Vaccination in the Punjab 1883-1896 - 1883-1896
Year: 1883
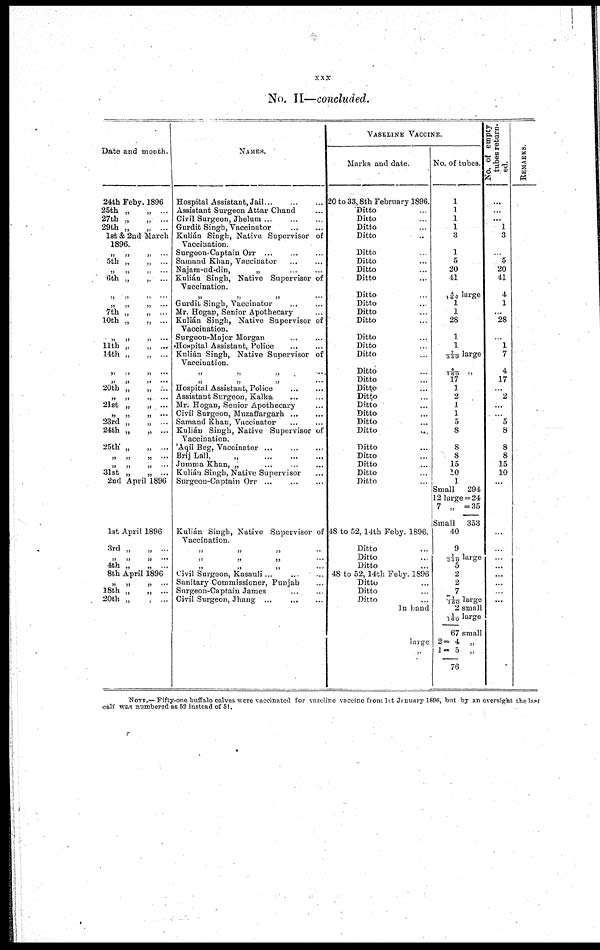
xxx
No. II—concluded.
Date and month.
24th Feby. 1896
25th „
„ ...
27th „
„
...
29th „
„ ...
1st & 2nd March
1896.
„
„
„ ...
5th „
„ ...
„ „ „ ...
6th „
„ ...
„
„
„
...
„
„
„
...
7th „
„ ...
10th „
„ ...
„
„
„
...
11th „
„ ...
14th „
„ ...
„
„
„
...
„
„
„
...
20th „
„ ...
„
„
„ ...
21st „
„ ...
„
„ „ ...
23rd „
„ ...
24th „
„ ...
25th „
„ ...
„
„
„
...
„
„
„ ...
31st „
„ ...
2nd April 1896
1st April 1896
3rd „
„ ...
„
„
„
...
4th „
„ ...
8th April 1896
„
„
„ ...
18th „
„ ...
20th „
, ...
NAMES.
Hospital Assistant, Jai
...
...
...
Assistant Surgeon Attar Chand ...
Civil Surgeon, Jhelum ... ... ...
Gurdit Singh, Vaccinator
...
...
Kulián Singh, Native Supervisor of
Vaccination.
Surgeon Captaiu Orr ... ... ...
Samand Khan, Vaccinator
Najam-nd-din,
„
...
...
Kulián Singh, Native Supervisor of
Vaccination.
„
„
„ ...
Gurdit Singh, Vaccinator ... ...
Mr. Hogan, Senior Apothecary ...
Kulián Singh, Native Supervisor of
Vaccination.
Surgeon-Major Morgan
...
...
Hospital Assistant, Police
...
...
Knlián Singh, Native Supervisor of
Vaccination.
„
„
„
...
„
„
„
...
Hospital Assistant, Police
...
...
Assistant Surgeon, Kalka
...
...
Mr. Hogan, Senior Apothecary ...
Civil Surgeon, Muzaffargarh
...
...
Samand Khan, Vaccinator
...
...
Kulián Singh, Native Supervisor of
Vaccination.
'Aqil Beg, Vaccinator ...
...
...
Brij Lall,
„
...
...
...
Jumma Khan, „
...
...
...
Kulián Singh, Native Supervisor
Surgeon-Captain Orr
...
...
...
Kulián Singh, Native Supervisor of
Vaccination.
„
„
„
...
„
„
„ ...
„
„
„
...
Civil Surgeon, Kasauli ...
...
...
Sanitary Commissioner, Punjab ...
Surgeon-Captain James
...
...
Civil Surgeon, Jhang ...
...
...
VASELINE VACCINE.
Marks and date.
20 to 33,8th February 1896.
Ditto ...
Ditto ...
Ditto ...
Ditto ...
Ditto ...
Ditto ...
Ditto ...
Ditto ...
Ditto ...
Ditto ...
Ditto ...
Ditto...
Ditto ...
Ditto ...
Ditto ...
Ditto ...
Ditto ...
Ditto ...
Ditto ...
Ditto ...
Ditto ...
Ditto ...
Ditto ...
Ditto ...
Ditto ...
Ditto ...
Ditto ...
Ditto ...
48 to 52, 14th Feby. 1896.
Ditto ...
Ditto ...
Ditto ...
48 to 52, 14th Feby. 1896
Ditto ...
Ditto ...
Ditto ...
In hand
large
„
No. of tubes.
1
1
1
1
3
1
5
20
41
4/160 large
1
1
28
1
1
7/350 large
4/160 „
17
1
2
1
1
5
8
8
8
15
10
1
Small
294
12 large = 24
7 „ =35
Small 353
40
9
1/350 large
5
2
2
7
1/160 large
2 small
1/160
67 small
2= 4 „
1-5
„
76
No. of empty
tubes return-
ed.
...
...
1
3
...
5
20
41
4
1
...
28
...
1
7
4
17
...
2
...
...
5
8
8
8
15
10
...
...
..
...
...
...
...
...
...
REMARKS.
...
...
...
1
NOTE.—Fifty-one buffalo calves were vaccinated for vaseline vaccine from 1st January 1896, but by an oversight the last
calf was numbered as 52 instead of 51.